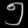
Digit: ၅